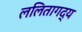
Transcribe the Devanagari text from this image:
ललितागद्य